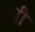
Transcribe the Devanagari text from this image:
म्सी